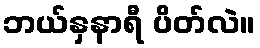
ဘယ်နှနာရီ ပိတ်လဲ။